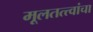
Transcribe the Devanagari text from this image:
मूलतत्त्वांचा